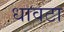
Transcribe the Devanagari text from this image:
धावटा